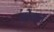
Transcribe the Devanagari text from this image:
वोबल